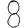
Digit: 8